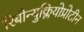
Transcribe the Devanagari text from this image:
रिबोन्युक्लियोप्रोटीन